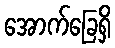
အောက်ခြေရှိ